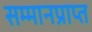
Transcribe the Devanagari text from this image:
सम्मानप्राप्त